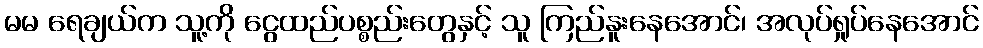
မမ ရေချယ်က သူ့ကို ငွေထည်ပစ္စည်းတွေနှင့် သူ ကြည်နူးနေအောင်၊ အလုပ်ရှုပ်နေအောင်